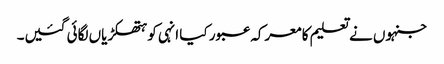
جنہوں نے تعلیم کا معرکہ عبور کیا انہی کو ہتھکڑیاں لگائی گئیں۔